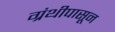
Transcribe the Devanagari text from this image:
ग्रंथीपासून